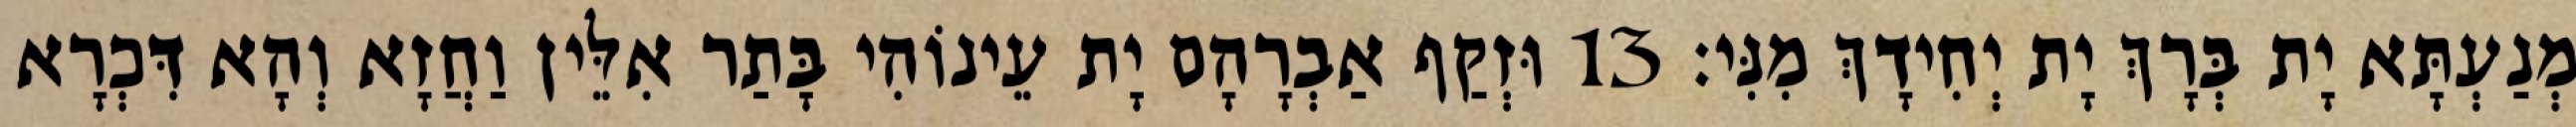
מְנַעְתָּא יָת בְּרָךְ יָת יְחִידָךְ מִנִּי׃ 13 וּזְקַף אַבְרָהָם יָת עֵינוֹהִי בָּתַר אִלֵּין וַחֲזָא וְהָא דִּכְרָא